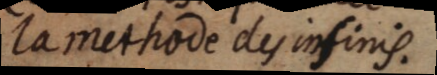
la methode des infinis